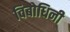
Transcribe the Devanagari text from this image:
विबोधिनी